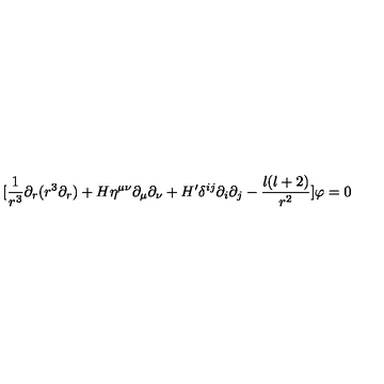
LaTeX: [ \frac { 1 } { r ^ { 3 } } \partial _ { r } ( r ^ { 3 } \partial _ { r } ) + H \eta ^ { \mu \nu } \partial _ { \mu } \partial _ { \nu } + H ^ { \prime } \delta ^ { i j } \partial _ { i } \partial _ { j } - \frac { l ( l + 2 ) } { r ^ { 2 } } ] \varphi = 0